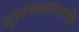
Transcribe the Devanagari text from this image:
सूत्रसंचालनालाही